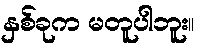
နှစ်ခုက မတူပါဘူး။